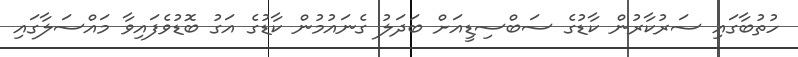
ހުތުބާގައި ސަރުކާރުން ކާޑުގެ ސަބްސިޑީއަށް ބަދަލު ގެނައުމުން ކާޑުގެ އަގު ބޮޑުވެފައިވާ މައްސަލާގައި